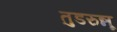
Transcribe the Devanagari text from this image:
तुडरुन्नू